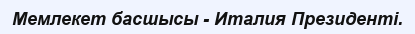
Мемлекет басшысы - Италия Президенті.